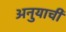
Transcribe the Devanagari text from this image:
अनुयाची